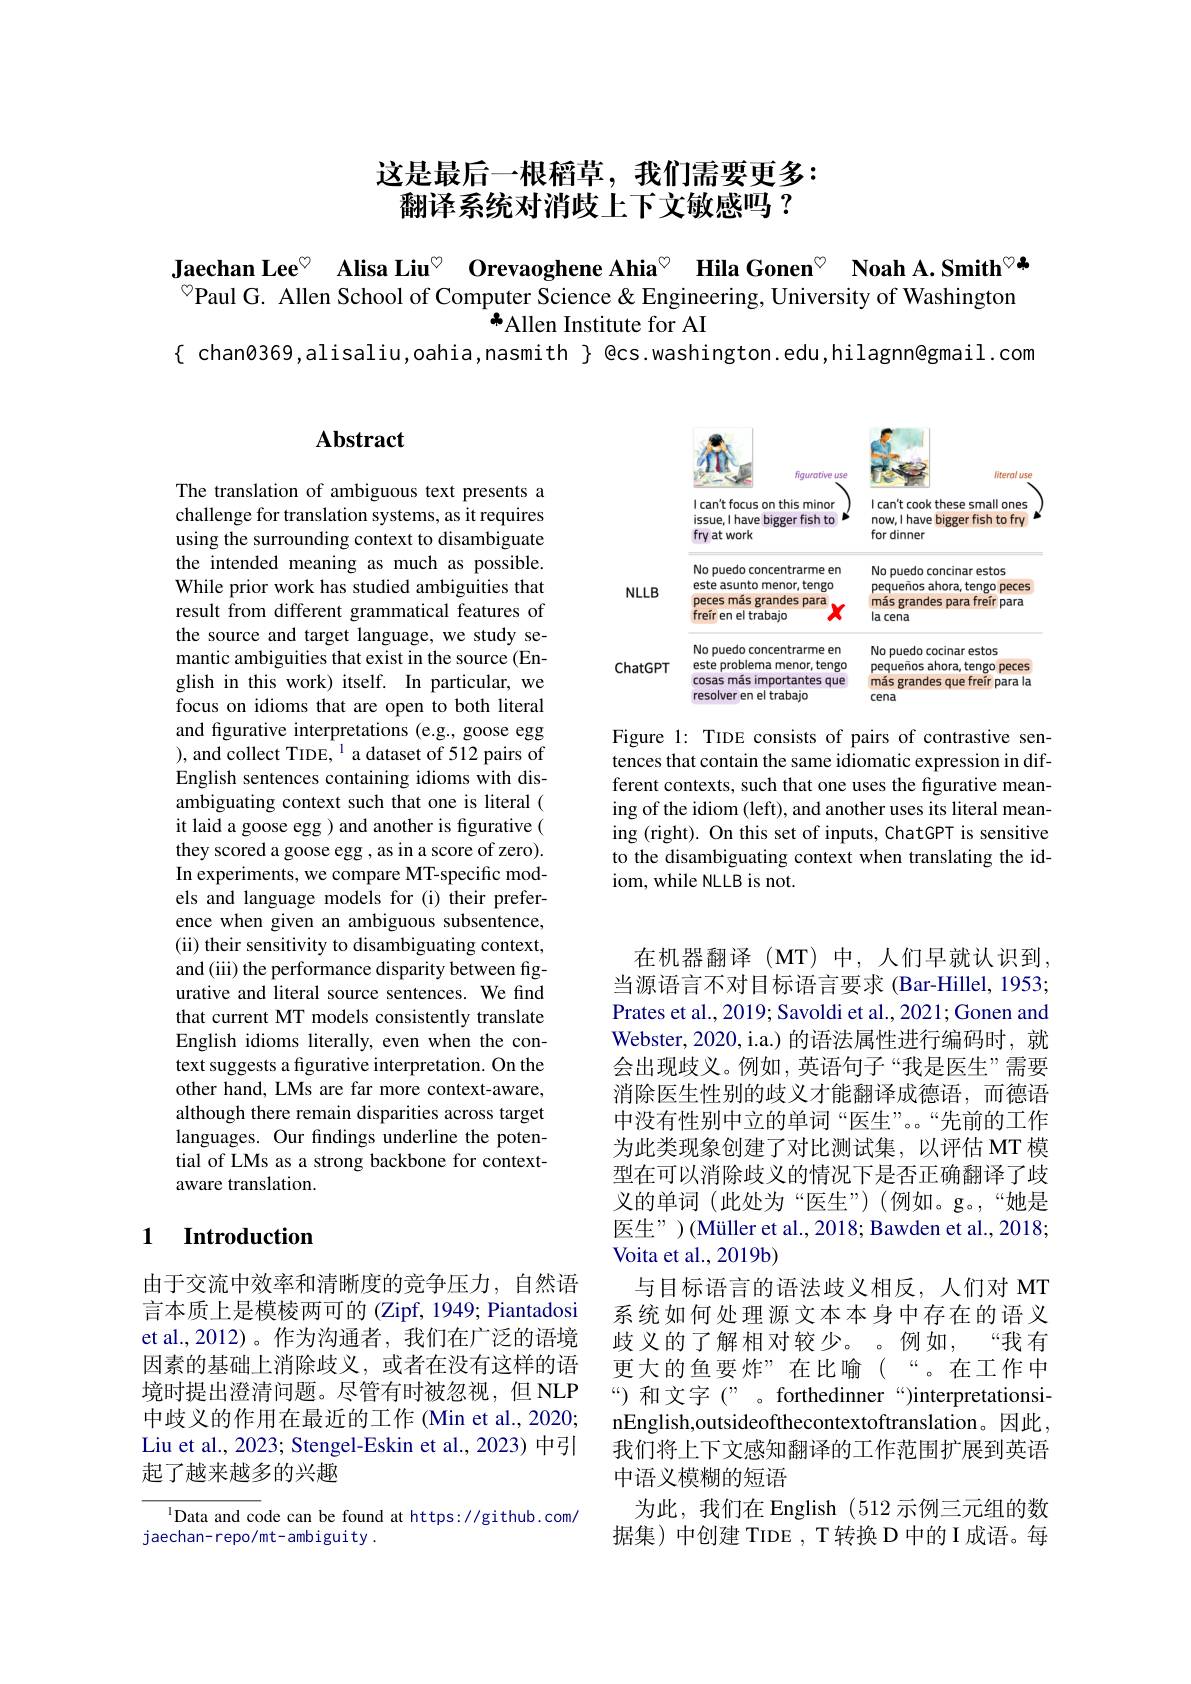
# 这是最后一根稻草，我们需要更多： 翻译系统对消歧上下文敏感吗？

$\textbf{Jaechan Lee}^{\circ}\textbf{ Alisa Liu}^{\circ}\textbf{ Orevaoghene Ahia}^{\circ}\textbf{ Hila Gonen}^{\circ}\textbf{ Noah A. Smith}^{\circ}$*$^{\textcircled{\text{Paul G. Allen School of Computer Science }\&\text{Engineering, University of Washington}}^{\circ}}$
# $^{*}$Allen Institute for AI

{ chanø369,alisaliu,oahia,nasmith } @cs.washington.edu,hilagnn@gmail.com

# Abstract

The translation of ambiguous text presents a challenge for translation systems, as it requires using the surrounding context to disambiguate the intended meaning as much as possible. While prior work has studied ambiguities that result from different grammatical features of the source and target language, we study semantic ambiguities that exist in the source (English in this work) itself. In particular, we focus on idioms that are open to both literal and figurative interpretations (e.g., goose egg ), and collect TIDE, $^1$ a dataset of 512 pairs of English sentences containing idioms with disambiguating context such that one is literal ( it laid a goose egg ) and another is figurative ( they scored a goose egg , as in a score of zero). In experiments, we compare MT-specific models and language models for (i) their preference when given an ambiguous subsentence, (ii) their sensitivity to disambiguating context, and (iii) the performance disparity between figurative and literal source sentences. We find that current MT models consistently translate English idioms literally, even when the context suggests a figurative interpretation. On the other hand, LMs are far more context-aware, although there remain disparities across target languages. Our findings underline the potential of LMs as a strong backbone for contextaware translation.

### 1 $\textbf{Introduction}$

由于交流中效率和清晰度的竞争压力，自然语言本质上是模棱两可的(Zipf, 1949; Piantadosi et al.,2012)。作为沟通者，我们在广泛的语境因素的基础上消除歧义，或者在没有这样的语境时提出澄清问题。尽管有时被忽视，但 NLP 中歧义的作用在最近的工作 (Min et al., 2020; Liu et al., 2023; Stengel-Eskin et al., 2023) 中引起了越来越多的兴趣

$^{1}$Data and code can be found at https://github.com/
jaechan-repo/mt-ambiguity .

<FigureHere>

Figure 1: TIDE consists of pairs of contrastive sentences that contain the same idiomatic expression in different contexts, such that one uses the figurative meaning of the idiom (left), and another uses its literal meaning (right). On this set of inputs, ChatGPT is sensitive to the disambiguating context when translating the idiom, while NLLB is not

在机器翻译(MT)中，人们早就认识到当源语言不对目标语言要求 (Bar-Hillel, 1953; Prates et al., 2019; Savoldi et al., 2021; Gonen and Webster,2020,i.a.)的语法属性进行编码时，就会出现歧义。例如，英语句子“我是医生”需要消除医生性别的歧义才能翻译成德语，而德语中没有性别中立的单词“医生”。“先前的工作为此类现象创建了对比测试集，以评估 MT 模型在可以消除歧义的情况下是否正确翻译了歧义的单词(此处为“医生”)(例如。g。,“她是医生”)(Müller et al., 2018; Bawden et al., 2018; Voita et al., 2019b)
与目标语言的语法歧义相反，人们对 MT 系统如何处理源文本本身中存在的语义歧义的了解相对较少。例如，“我有更大的鱼要炸”在比喻(“。在工作中“) 和文字(”。forthedinner“)interpretationsinEnglish,outsideofthecontextoftranslation。因此， 我们将上下文感知翻译的工作范围扩展到英语中语义模糊的短语
为此，我们在 English (512 示例三元组的数据集)中创建 TIDE , T 转换 D 中的 I 成语。每